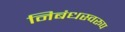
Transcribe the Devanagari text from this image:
निबंधस्वरूप